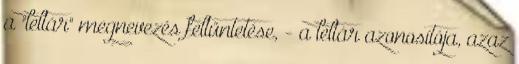
a "leltár" megnevezés feltüntetése, - a leltár azonosítója, azaz